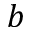
{ b }